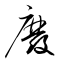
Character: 廢